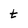
Character: t